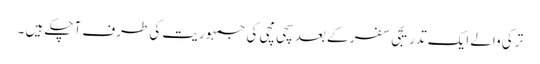
ترکی والے ایک تدریجی سفر کے بعد سچی مچی کی جمہوریت کی طرف آچکے ہیں ۔